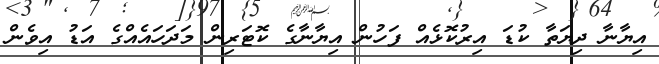
އިޔާނާ ދިޔަތާ ކުޑަ އިރުކޮޅެއް ފަހުން އިޔާނާގެ ކޮޓަރިން މަދަހައެއްގެ އަޑު އިވެން